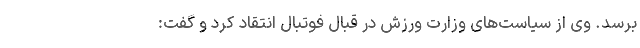
برسد. وی از سیاست‌های وزارت ورزش در قبال فوتبال انتقاد کرد و گفت: